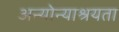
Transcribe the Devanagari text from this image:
अन्योन्याश्रयता